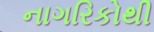
નાગરિકોથી